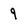
Character: 9